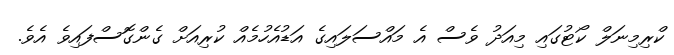
ކްރިމިނަލް ކޯޓުގައި މިއަދު ވެސް އެ މައްސަލައިގެ އަޑުއެހުމެއް ކުރިއަށް ގެންގޮސްފައިވެ އެވެ.